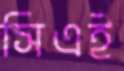
সিএই